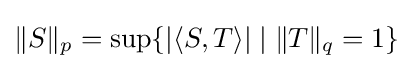
\|S\|_{p}=\sup \lbrace |\langle S,T\rangle |\mid \|T\|_{q}=1\rbrace